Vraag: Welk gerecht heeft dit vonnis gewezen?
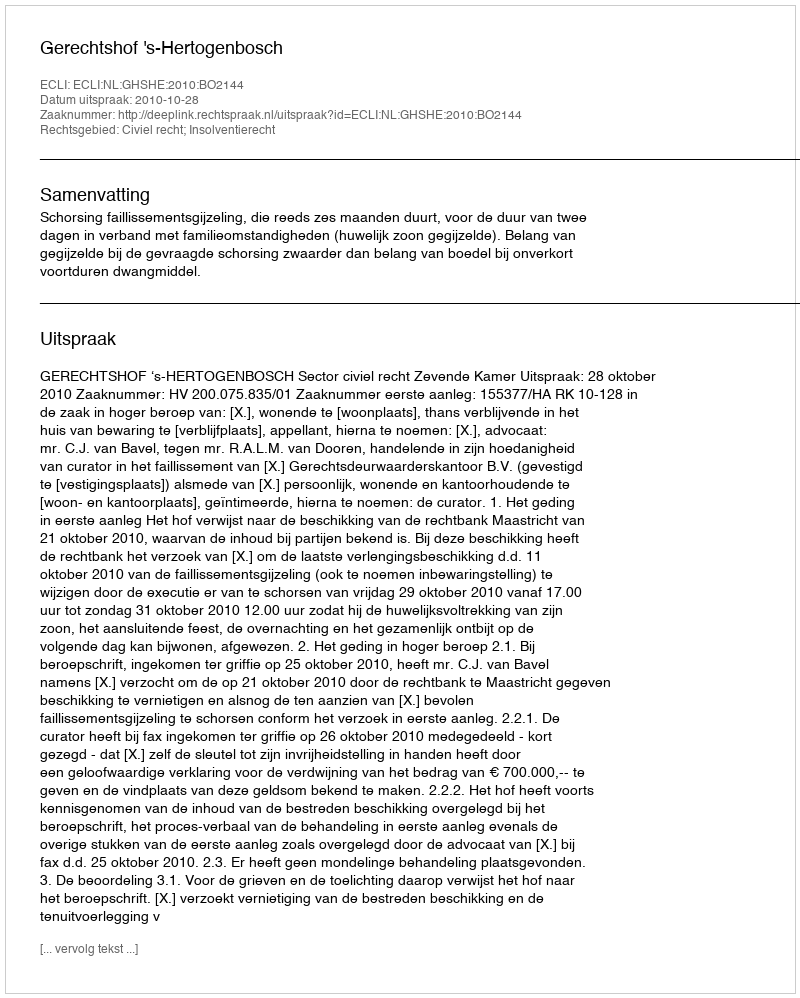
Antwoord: Gerechtshof 's-Hertogenbosch